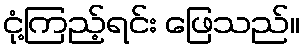
ငုံ့ကြည့်ရင်း ဖြေသည်။